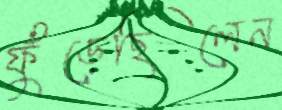
ফুঁড়েছিলেন